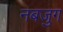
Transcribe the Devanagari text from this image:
नबजुग